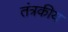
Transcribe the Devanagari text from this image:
तंत्रकीय